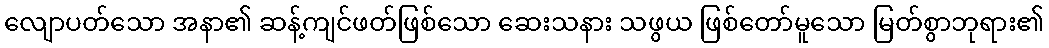
လျောပတ်သော အနာ၏ ဆန့်ကျင်ဖတ်ဖြစ်သော ဆေးသနား သဖွယ ဖြစ်တော်မူသော မြတ်စွာဘုရား၏